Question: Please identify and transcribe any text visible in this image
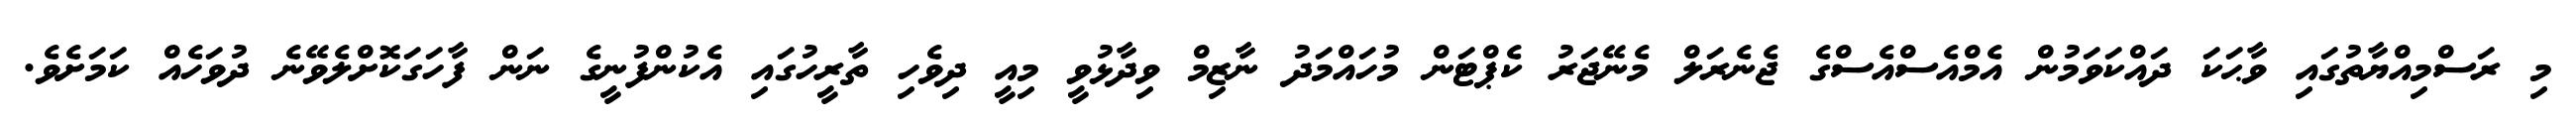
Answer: މި ރަސްމިއްޔާތުގައި ވާޙަކަ ދައްކަވަމުން އެމްއެސްއެސްގެ ޖެނެރަލް މެނޭޖަރު ކެޕްޓަން މުހައްމަދު ނާޒިމް ވިދާޅުވީ މިއީ ދިވެހި ތާރީހުގައި އެކުންފުނީގެ ނަން ފާހަގަކޮށްލެވޭނެ ދުވަހެއް ކަމަށެވެ.